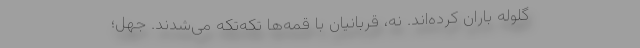
گلوله باران کرده‌اند. نه، قربانیان با قمه‌ها تکه‌تکه می‌شدند. جهل؛